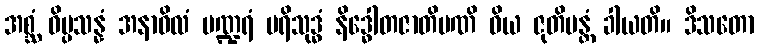
အစ္ဆံ ဝိပ္ပသန္နံ အနာဝိလံ ပဏ္ဍရံ ပရိသုဒ္ဓံ နိဒ္ဓေါတဇာတိမဏိ ဝိယ ဇုတိမန္တံ ခါယတိ။ ဒိသတော